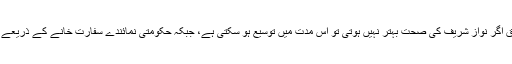
لاہور ہائی کورٹ کے آرڈر کے مطابق اگر نواز شریف کی صحت بہتر نہیں ہوتی تو اس مدت میں توسیع ہو سکتی ہے، جبکہ حکومتی نمائندے سفارت خانے کے ذریعے نواز شریف سے رابطہ کر سکیں گے۔